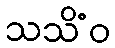
သသိံဝ